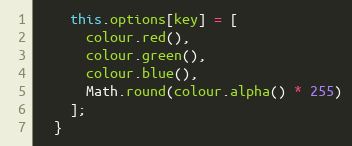
Language: JavaScript
    this.options[key] = [
      colour.red(),
      colour.green(),
      colour.blue(),
      Math.round(colour.alpha() * 255)
    ];
  }